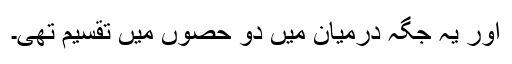
اور یہ جگہ درمیان میں دو حصوں میں تقسیم تھی۔